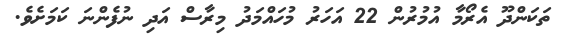
ތަކަންދޫ އެރޯމާ އުމުރުން 22 އަހަރު މުހައްމަދު މިރާސް އަދި ނުފެންނަ ކަމަށެވެ.